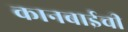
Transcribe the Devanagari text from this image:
कानबाईची